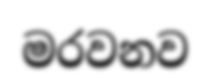
මරවනව